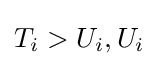
T_{i}>U_{i},U_{i}